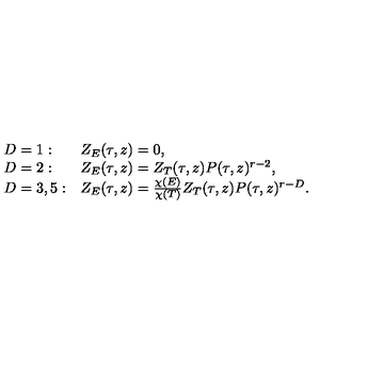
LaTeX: \begin{array} { l l } { D = 1 : } & { Z _ { E } ( \tau , z ) = 0 , } \\ { D = 2 : } & { Z _ { E } ( \tau , z ) = Z _ { T } ( \tau , z ) P ( \tau , z ) ^ { r - 2 } , } \\ { D = 3 , 5 : } & { Z _ { E } ( \tau , z ) = \frac { \chi ( E ) } { \chi ( T ) } Z _ { T } ( \tau , z ) P ( \tau , z ) ^ { r - D } . } \\ \end{array}